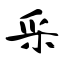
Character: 采